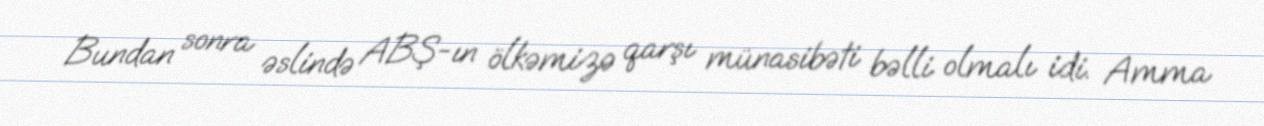
Bundan sonra əslində ABŞ-ın ölkəmizə qarşı münasibəti bəlli olmalı idi. Amma